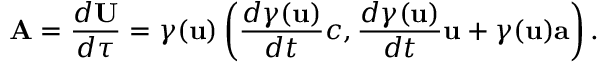
\mathbf { A } = { \frac { d \mathbf { U } } { d \tau } } = \gamma ( \mathbf { u } ) \left( { \frac { d { \gamma } ( \mathbf { u } ) } { d t } } c , { \frac { d { \gamma } ( \mathbf { u } ) } { d t } } \mathbf { u } + \gamma ( \mathbf { u } ) \mathbf { a } \right) .